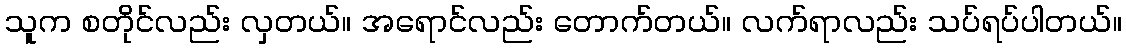
သူက စတိုင်လည်း လှတယ်။ အရောင်လည်း တောက်တယ်။ လက်ရာလည်း သပ်ရပ်ပါတယ်။